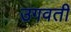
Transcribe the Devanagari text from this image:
उगवती